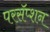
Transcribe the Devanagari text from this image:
परसॅप्शन